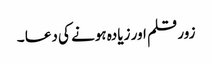
زور قلم اور زیادہ ہونے کی دعا ۔